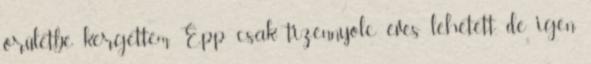
őrületbe kergettem. Épp csak tizennyolc éves lehetett, de igen